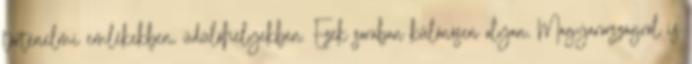
történelmi emlékekben, üdülőhelyekben. Ezek sorában különösen olyan, Magyarországról is